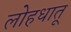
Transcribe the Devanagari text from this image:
लोहधातू